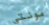
مونتي